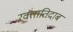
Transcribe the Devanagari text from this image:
रक्तातिदाब